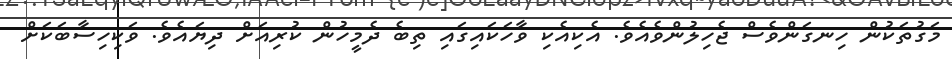
މަގުތަކުން ހިނގަންވެސް ޖެހިލުންވެއެވެ. އެކިއެކި ވާހަކައިގައި ތިބެ ދެމީހުން ކުރިއަށް ދިޔައެވެ. ވަކިހިސާބަކަށް